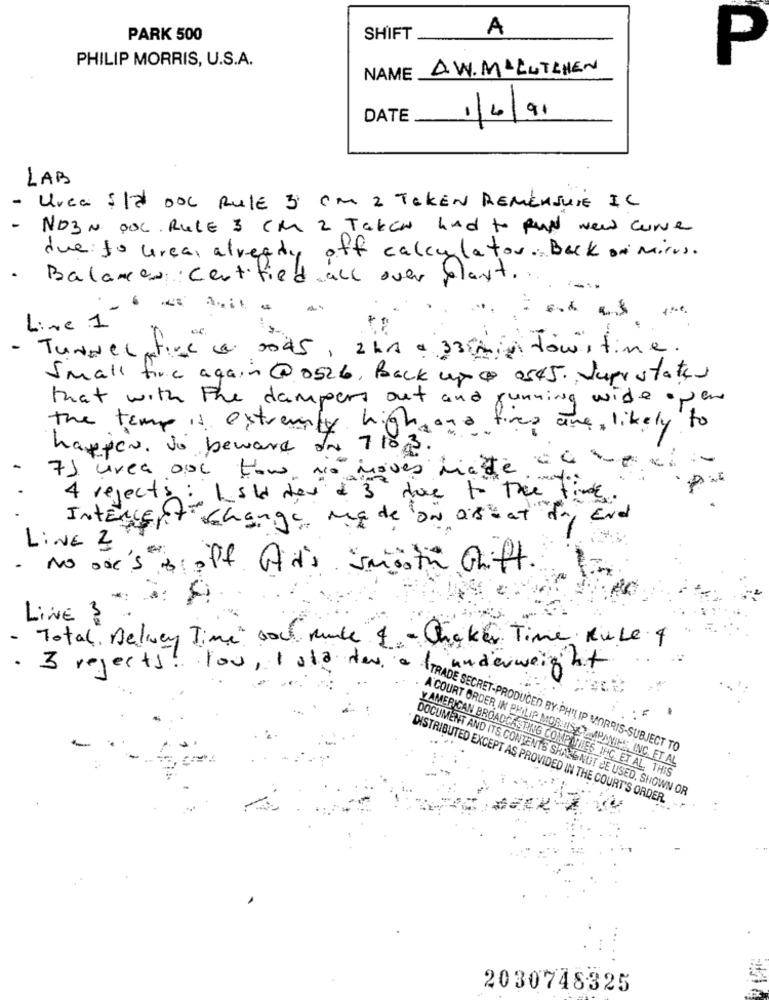
A
PARK 500
SHIFT
PHILIP MORRIS, U.S.A.
P
NAME AW. MALUTCHEN
DATE
1/4/91
LAB
- Urca 5/2 Doc Rule 3 cm 2 TEKEN REMENJUIE IL
ND3 N pol. RUCE 3 CM 2 Taken had to RUN New curve
due to area, already off calculator. Back on mirus.
Balances Certified
ed all over blant .
Line 1
Tunnel Ative
fire e 2045, 2hr = 33in dow , time.
Small fire again @ 0526, Back up 0 0545. Supr states
that with the dampers out and running wide open
the tamp is extremely high
Is free are likely to
happier, so beware on 7103.
1º moves Minze come ci
71 urea out How, Non
4 rejects :
i Ist dev & 3 dove to the time.
INTERLent change my de ON aseat da End
LiNE 2
-
. No one's &
If Ad's Smooth Chift .
LINE 3
Total, Belwey Time" soch race" & - Chicken Time Rule 4
underweight
rejects! you, Ista few aTRADE SECRET-PRODUCED BY-PHILIP MORRIS-SUBJECT TO
A COURT ORDER IN PHILIP MORRISCOMPANIES, INC. ET AL
YAMERICAN BROADCASTING COMPANIES INC. ET AL. THIS
DOCUMENT AND ITS CONTENTS SHALL NOT BE USED, SHOWN OR
DISTRIBUTED EXCEPT AS PROVIDED IN THE COURT'S ORDER.
2030748325